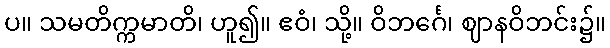
ပ။ သမတိက္ကမာတိ၊ ဟူ၍။ ဧဝံ၊ သို့။ ဝိဘင်္ဂေ၊ ဈာနဝိဘင်း၌။